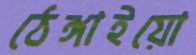
ঠেঙ্গাইয়ো